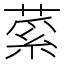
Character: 𦷲